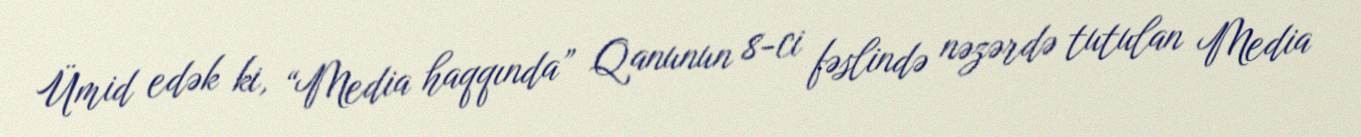
Ümid edək ki, “Media haqqında” Qanunun 8-ci fəslində nəzərdə tutulan Media